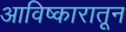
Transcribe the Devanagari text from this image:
आविष्कारातून